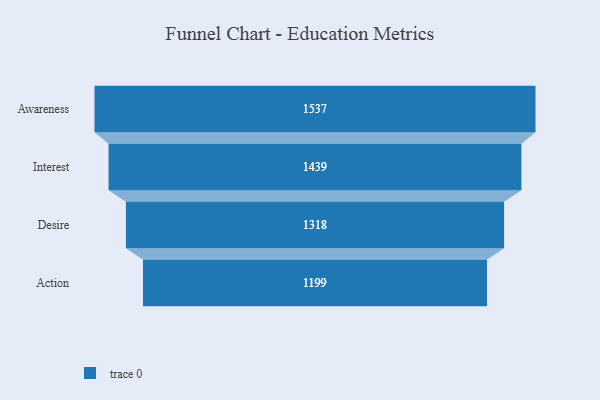
{"axis": {"x": "Stage", "y": "Value"}, "legend": [""], "data": [{"x": "Awareness", "y": 1537.0, "type": ""}, {"x": "Interest", "y": 1439.0, "type": ""}, {"x": "Desire", "y": 1318.0, "type": ""}, {"x": "Action", "y": 1199.0, "type": ""}]}